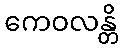
ကေဝလန္တိ